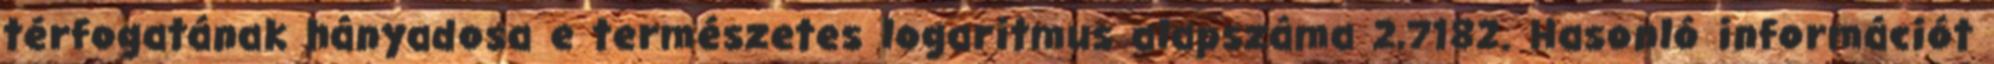
térfogatának hányadosa e természetes logaritmus alapszáma 2,7182. Hasonló információt